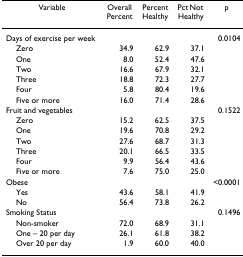
| Variable | Overall Percent | Percent Healthy | Pct Not Healthy | p |
 | --- | --- | --- | --- | --- |
 | Days of exercise per week |  |  |  | 0.0104 |
 | Zero | 34.9 | 62.9 | 37.1 |  |
 | One | 8.0 | 52.4 | 47.6 |  |
 | Two | 16.6 | 67.9 | 32.1 |  |
 | Three | 18.8 | 72.3 | 27.7 |  |
 | Four | 5.8 | 80.4 | 19.6 |  |
 | Five or more | 16.0 | 71.4 | 28.6 |  |
 | Fruit and vegetables |  |  |  | 0.1522 |
 | Zero | 15.2 | 62.5 | 37.5 |  |
 | One | 19.6 | 70.8 | 29.2 |  |
 | Two | 27.6 | 68.7 | 31.3 |  |
 | Three | 20.1 | 66.5 | 33.5 |  |
 | Four | 9.9 | 56.4 | 43.6 |  |
 | Five or more | 7.6 | 75.0 | 25.0 |  |
 | Obese |  |  |  | <0.0001 |
 | Yes | 43.6 | 58.1 | 41.9 |  |
 | No | 56.4 | 73.8 | 26.2 |  |
 | Smoking Status |  |  |  | 0.1496 |
 | Non-smoker | 72.0 | 68.9 | 31.1 |  |
 | One – 20 per day | 26.1 | 61.8 | 38.2 |  |
 | Over 20 per day | 1.9 | 60.0 | 40.0 |  |